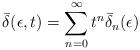
LaTeX: \begin{align*}\bar \delta (\epsilon,t) = \sum_{n=0}^\infty t^n \bar \delta_n (\epsilon)\end{align*}